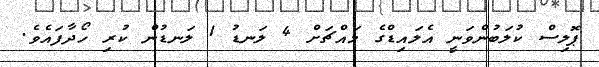
ޕޮލިސް ކުލަބުންވަނީ އެލައިޑްގެ މައްޗަށް 4 ލަނޑު 1 ލަނޑުން ކުރި ހޯދާފައެވެ.